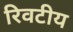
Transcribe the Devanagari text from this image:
रिवटीय